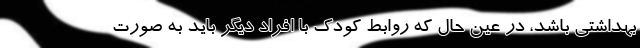
بهداشتی باشد، در عین حال که روابط کودک با افراد دیگر باید به صورت